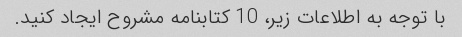
با توجه به اطلاعات زیر، 10 کتابنامه مشروح ایجاد کنید.